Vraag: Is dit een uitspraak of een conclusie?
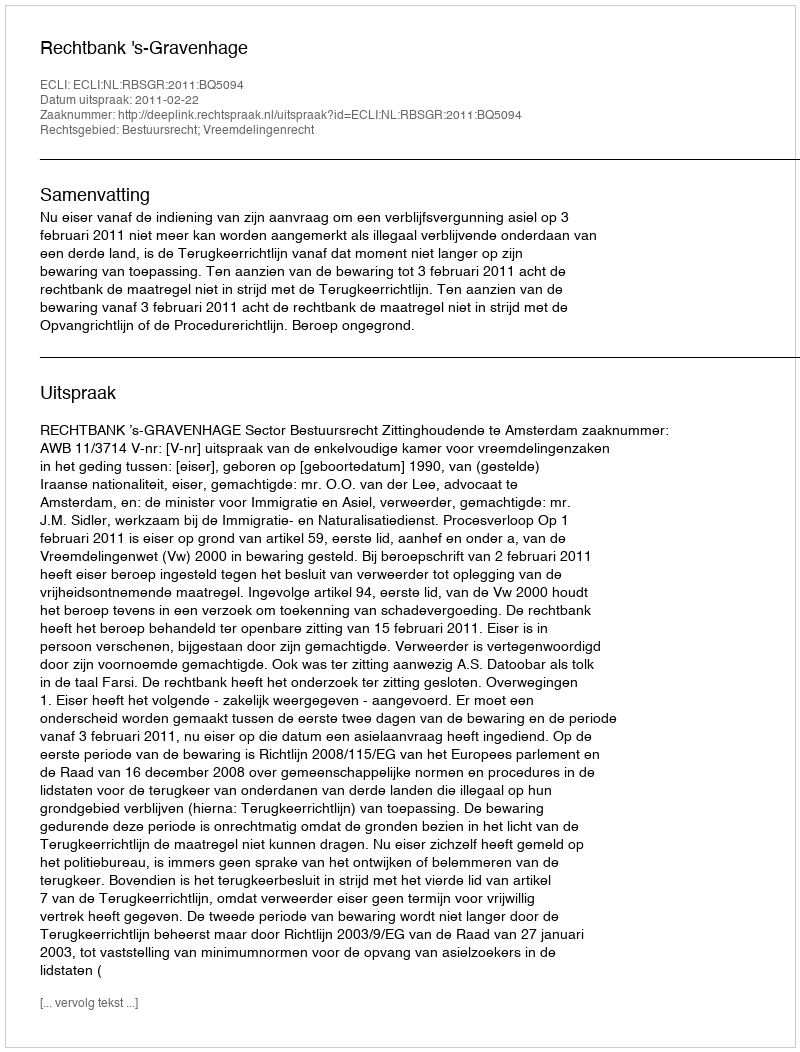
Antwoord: Uitspraak